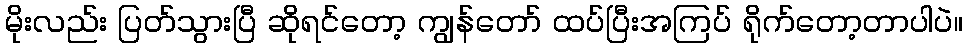
မိုးလည်း ပြတ်သွားပြီ ဆိုရင်တော့ ကျွန်တော် ထပ်ပြီးအကြပ် ရိုက်တော့တာပါပဲ။